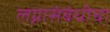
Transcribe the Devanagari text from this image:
लग्नासंबंधीचा